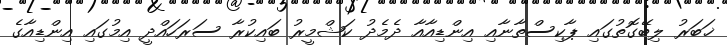
ޚަބަރު ލިބޭގޮތުގައި ޕާކިސްތާނާއި އިންޑިއާއާ ދެމެދު ކަޝްމީރު ބައިކުރާ ސަރަހައްދީ އިމުގައި އިންޑިއާގެ